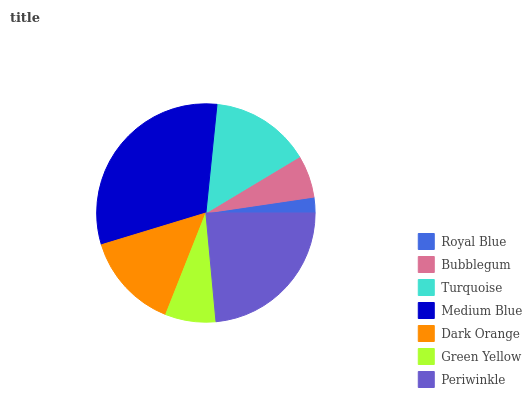
| Royal Blue | Bubblegum | Turquoise | Medium Blue | Dark Orange | Green Yellow | Periwinkle |
 | --- | --- | --- | --- | --- | --- | --- |
 | 2.32% | 6.27% | 14.8% | 31.3% | 14.3% | 7.47% | 23.5% |